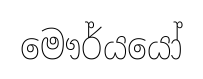
මෞර්යයෝ